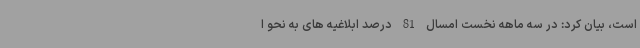
است، بیان کرد: در سه ماهه نخست امسال 81 درصد ابلاغیه های به نحو ا